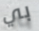
بي